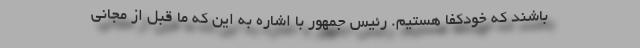
باشند که خودکفا هستیم. رئیس جمهور با اشاره به این که ما قبل از مجانی